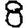
Digit: 8